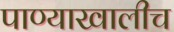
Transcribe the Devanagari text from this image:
पाण्याखालीच